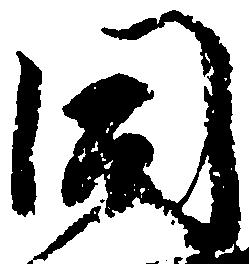
同